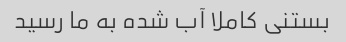
بستنی کاملا آب شده به ما رسید